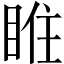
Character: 𥇁